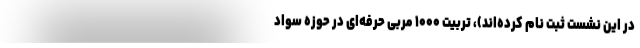
در این نشست ثبت نام کرده‌اند)، تربیت ۱۰۰۰ مربی حرفه­‌ای در حوزه­ سواد